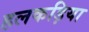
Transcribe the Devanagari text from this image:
हलकड़िया